King Institute of Preventive Medicine Bacteriolog. Section reports 1907-08
Year: 1907
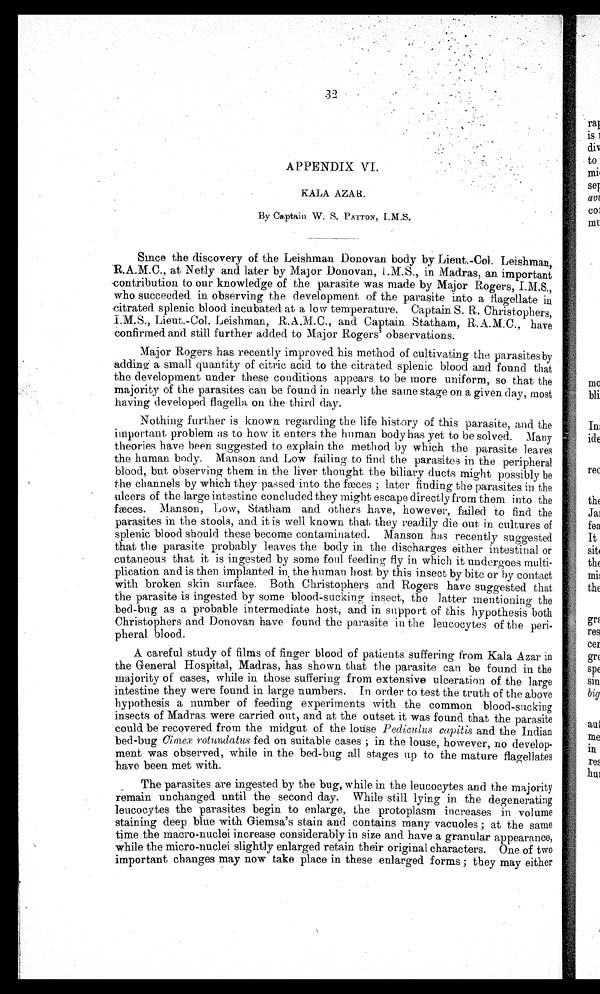
APPENDIX VI.
KALA AZA .
By Captain W. S. PATTON, I. M.S.
Since the discovery of the Leishman Donovan body by Lieut.-Col. Leishman,
R.A.M.C., at Netly and later by Major Donovan, I.M.S., in Madras, an important
contribution to our knowledge of the parasite was made by Major Rogers, I.M.S.,
who succeeded . in observing the development of the parasite into a flagellate in
citrated splenic blood incubated at a low temperature. Captain S. R Christophers,
I.M.S., Lieut.-Col. Leishman, R.A.M.C., and Captain Statham, R.A.M.C., have
confirmed and still further added to Major Rogers' observations.
Major Rogers has recently improved his method of cultivating the parasitesby
adding a small quantity of citric acid to the citrated splenic blood and found that
the development under these conditions appears to be more uniform, so that the
majority of the parasites can be found in nearly the same stage on a given day, most
having developed flagella on the third clay.
Nothing further is known regarding the life history of this parasite, and the
important problem as to how it enters the human body has yet to be solved. Many
theories have been suggested to explain the method by which the parasite leaves
the human body. Manson and Low failing to find the parasites in the peripheral
blood, but observing them in the. liver thought the biliary ducts might possibly be
the channels by which they passed into the fæces ; later finding the parasites in the
ulcers of the large intestine concluded they might escape directly from them into the
fæces. Manson, Low, Statham and others have, however, failed to find the
parasites in the stools, and it is well known that they readily die out in cultures of
splenic blood-should these become contaminated. Manson has recently suggested
that the parasite probably leaves the body in the discharges either intestinal or
cutaneous that it is ingested by some foul feeding fly in which it u n d e r g o e s u n d e r o e s m u l t i -
plication and is then implanted in the human host by this insect by bite or bycontact
with broken skin surface. Both Christophers and Rogers have suggested that
the parasite is ingested by some blood-sucking insect, the latter mentioning the
bed-bug as a probable intermediate host, and in support of this hypothesis both
Christophers and Donovan have found the parasite in the leucocytes of the peri
- p h e r a l b l o o d .
A careful study of films of finger blood of patients suffering from Kala Azar in
the General Hospital., Madras, has shown that the parasite can be found in the
majority of cases, while in those suffering from extensive ulceration of the large
intestine they were found in large numbers. In order to test the truth of the above
hypothesis a number of feeding experiments with the common blood-sucking
insects of Madras were carried out, and at the outset it was found that the parasite
- could be recovered from the midgut of the louse Pediculus capitis and the Indian
bed-bug Cimeæ rotundatus fed on suitable cases ; in the louse, however, no develop-
ment was observed, while in the bed-bng all stages up to the mature flagellates
have been met with.
The parasites are ingested by the bug, while in the leucocytes and the majority
remain unchanged until the second day. While still lying in the degenerating
leucocytes the parasites begin to enlarge, the protoplasm increases in volume
staining deep blue with Giemsa's stain and contains many vacuoles ; at the same
time the macro-nuclei increase considerably in size and have a granular appearance,
while the micro-nuclei slightly enlarged retain their original characters. One of two
important changes may now take place in these enlarged forms ; they may either.